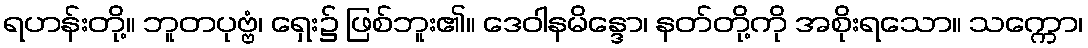
ရဟန်းတို့။ ဘူတပုဗ္ဗံ၊ ရှေး၌ ဖြစ်ဘူး၏။ ဒေဝါနမိန္ဒော၊ နတ်တို့ကို အစိုးရသော။ သက္ကော၊